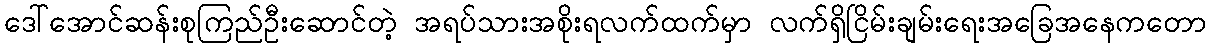
ဒေါ်အောင်ဆန်းစုကြည်ဦးဆောင်တဲ့ အရပ်သားအစိုးရလက်ထက်မှာ လက်ရှိငြိမ်းချမ်းရေးအခြေအနေကတော